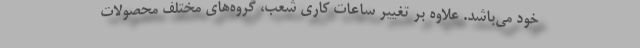
خود می­‌باشد. علاوه بر تغییر ساعات کاری شعب، گروه­‌های مختلف محصولات